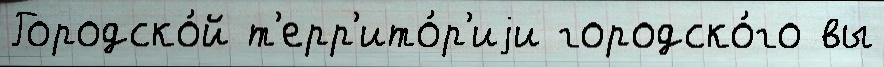
Городско́й т'ерр'ито́р'иjи городско́го вы